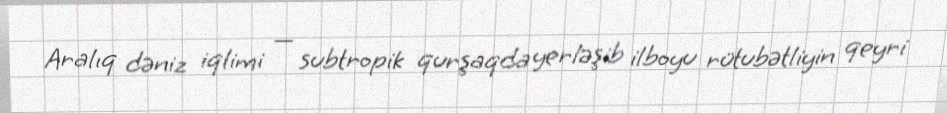
Aralıq dəniz iqlimi — subtropik qurşaqda yerləşib ilboyu rütubətliyin qeyri